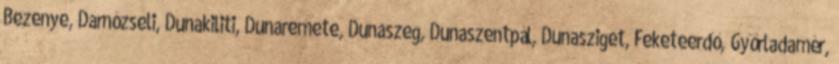
Bezenye, Darnózseli, Dunakiliti, Dunaremete, Dunaszeg, Dunaszentpál, Dunasziget, Feketeerdő, Győrladamér,